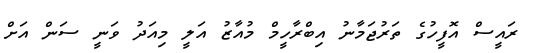
ރައީސް އޮފީހުގެ ތަރުޖަމާނު އިބްރާހީމް މުއާޒު އަލީ މިއަދު ވަނީ ސަން އަށް